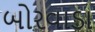
બોરવાડા